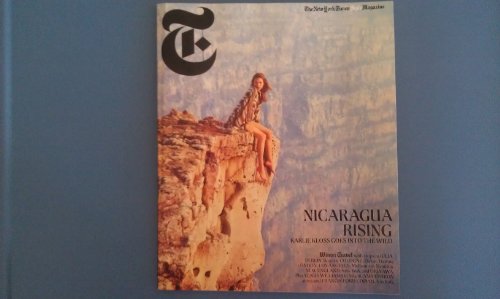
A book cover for The New York Times Style Magazine - Travel Winter 2012 - Nicaragua Rising (Karlie Kloss Goes Into The Wild); Various; Travel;